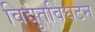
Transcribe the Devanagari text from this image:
विद्युतविघटन